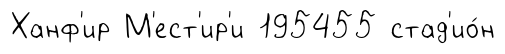
Ханф'ир М'ест'ир'и 195455 стад'ио́н